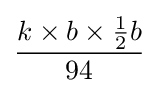
{\frac {k\times b\times {\frac {1}{2}}b}{94}}